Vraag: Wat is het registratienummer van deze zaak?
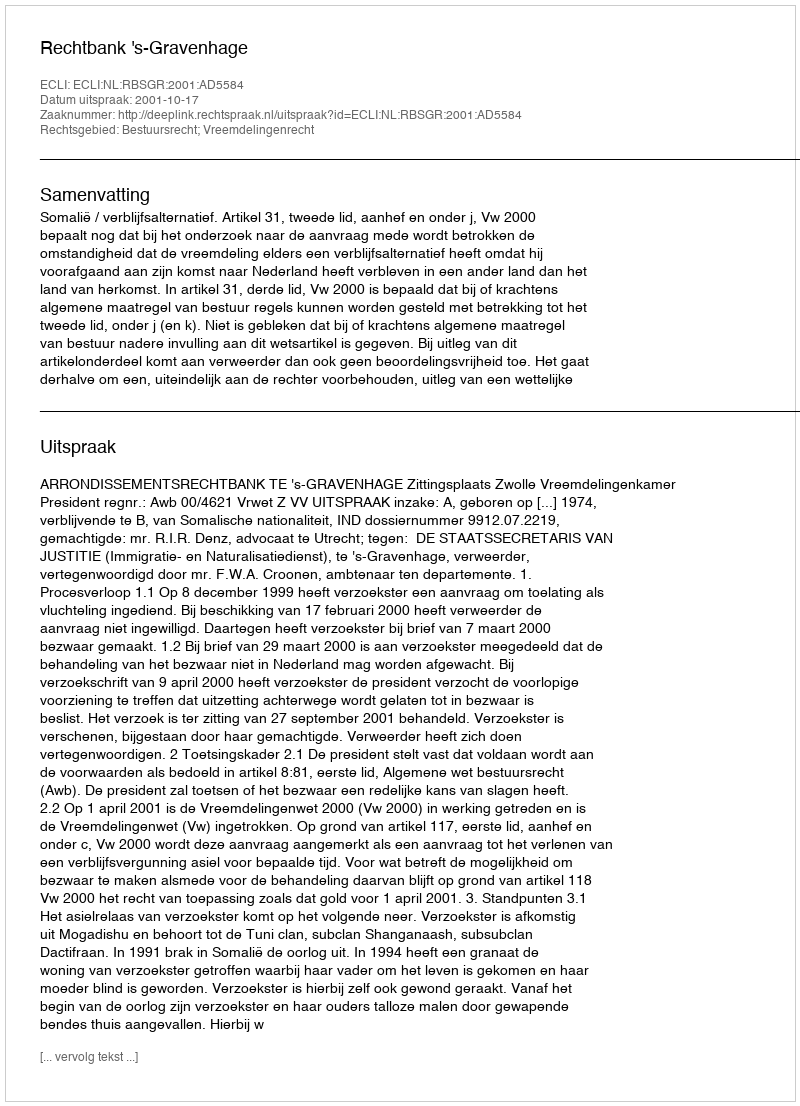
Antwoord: http://deeplink.rechtspraak.nl/uitspraak?id=ECLI:NL:RBSGR:2001:AD5584